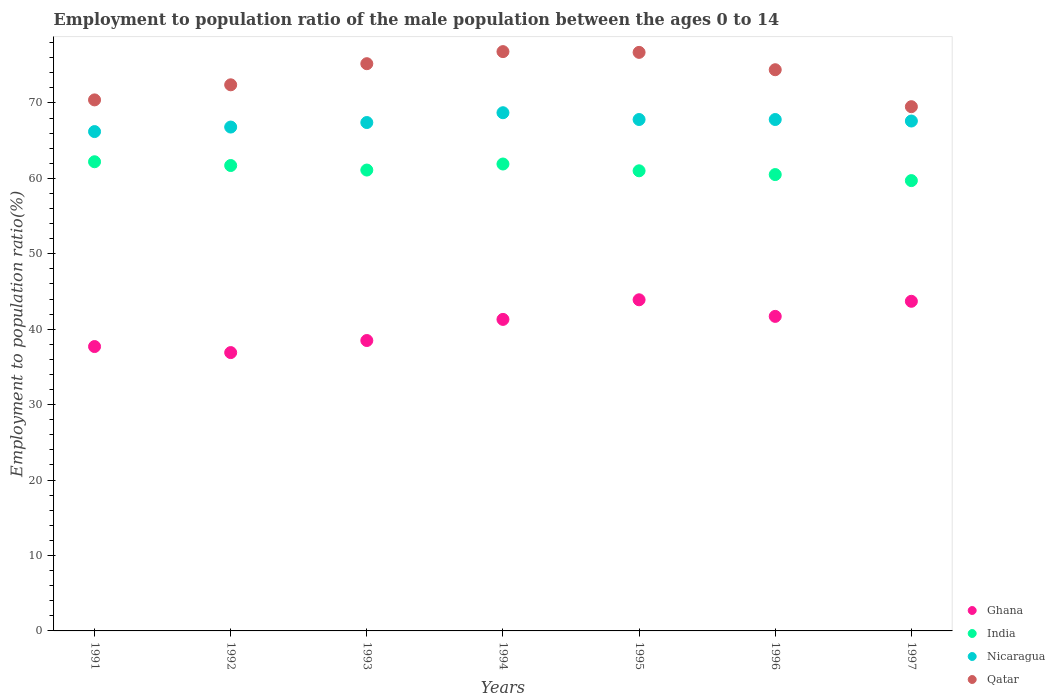
| Years | Ghana | India | Nicaragua | Qatar |
 | --- | --- | --- | --- | --- |
 | 1991 | 37.7 | 62.2 | 66.2 | 70.4 |
 | 1992 | 36.9 | 61.7 | 66.8 | 72.4 |
 | 1993 | 38.5 | 61.1 | 67.4 | 75.2 |
 | 1994 | 41.3 | 61.9 | 68.7 | 76.8 |
 | 1995 | 43.9 | 61 | 67.8 | 76.7 |
 | 1996 | 41.7 | 60.5 | 67.8 | 74.4 |
 | 1997 | 43.7 | 59.7 | 67.6 | 69.5 |